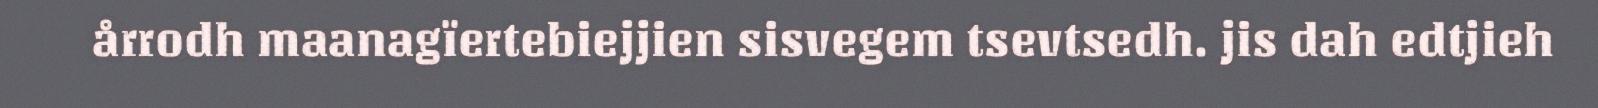
årrodh maanagïertebiejjien sisvegem tsevtsedh. jis dah edtjieh